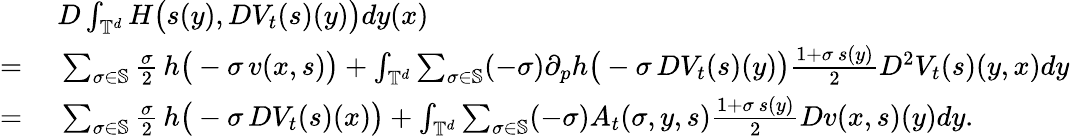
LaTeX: \begin{array}{rl}&{\ D\int_{\mathbb{T}^{d}}H\big(s(y),DV_{t}(s)({y})\big)dy(x)}\\ {=}&{\ \sum_{\sigma\in\mathbb{S}}\frac{\sigma}{2}\, h\big(-\sigma\, v(x,s)\big)+\int_{\mathbb{T}^{d}}\sum_{\sigma\in\mathbb{S}}(-\sigma)\partial_{p}h\big(-\sigma\, DV_{t}(s)(y)\big)\frac{1+\sigma\, s(y)}{2}D^{2}V_{t}(s)(y,x)dy}\\ {=}&{\ \sum_{\sigma\in\mathbb{S}}\frac{\sigma}{2}\, h\big(-\sigma\, DV_{t}(s)(x)\big)+\int_{\mathbb{T}^{d}}\sum_{\sigma\in\mathbb{S}}(-\sigma)A_{t}(\sigma,y,s)\frac{1+\sigma\, s(y)}{2}Dv(x,s)(y)dy.}\end{array}